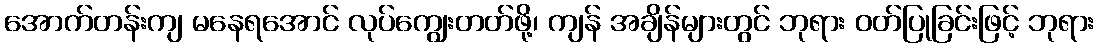
အောက်တန်းကျ မနေရအောင် လုပ်ကျွေးတတ်ဖို့၊ ကျန် အချိန်များတွင် ဘုရား ဝတ်ပြုခြင်းဖြင့် ဘုရား